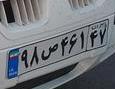
۹۸ص۴۶۱۴۷